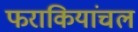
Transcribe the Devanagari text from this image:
फराकियांचल